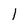
Character: 1